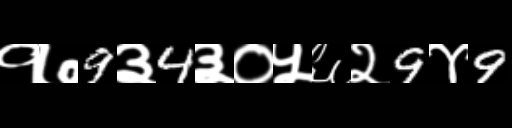
Text: १७9३4३०५६२9४9